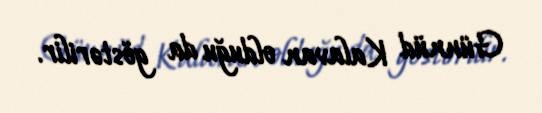
Günnüd Kalavan olduğu da göstərilir.